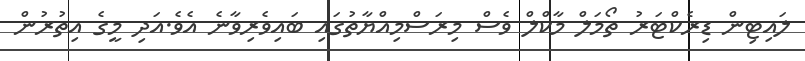
ލައިޓިން ޑިރެކްޓަރު ތޯމަލް މާކްލް ވެސް މިރަސްމިއްޔާތުގައި ބައިވެރިވާނެ އެވެ.އަދި މީގެ އިތުރުން